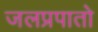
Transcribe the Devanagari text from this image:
जलप्रपातो